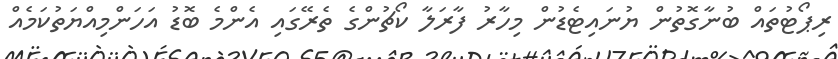
ރިޕޯޓުތައް ބުނާގޮތުން ޔުނައިޓެޑުން މިހާރު ފާރަލާ ކޯޗުންގެ ތެރޭގައި އެންމެ ބޮޑު އަހަންމިއްޔަތުކަމެއް